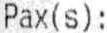
PAX(S):